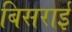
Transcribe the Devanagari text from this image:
बिसराई